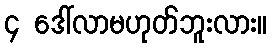
၄ ဒေါ်လာမဟုတ်ဘူးလား။